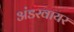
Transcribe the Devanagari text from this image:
अंडरवायर